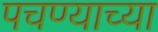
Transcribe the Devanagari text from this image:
पचण्याच्या